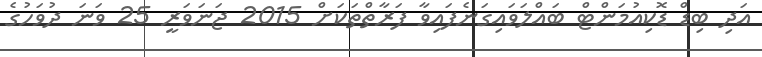
އަދި ބިޑް ޑޮކިއުމަންޓް ބައްލަވައިގަނެފައިވާ ފަރާތްތަކަށް 2015 ޖަނަވަރީ 25 ވަނަ ދުވަހުގެ